Bréfritari: Jóhannes Halldórsson
Dagsetning: A-1877-01-26
Skrifað á: Vesturheimi

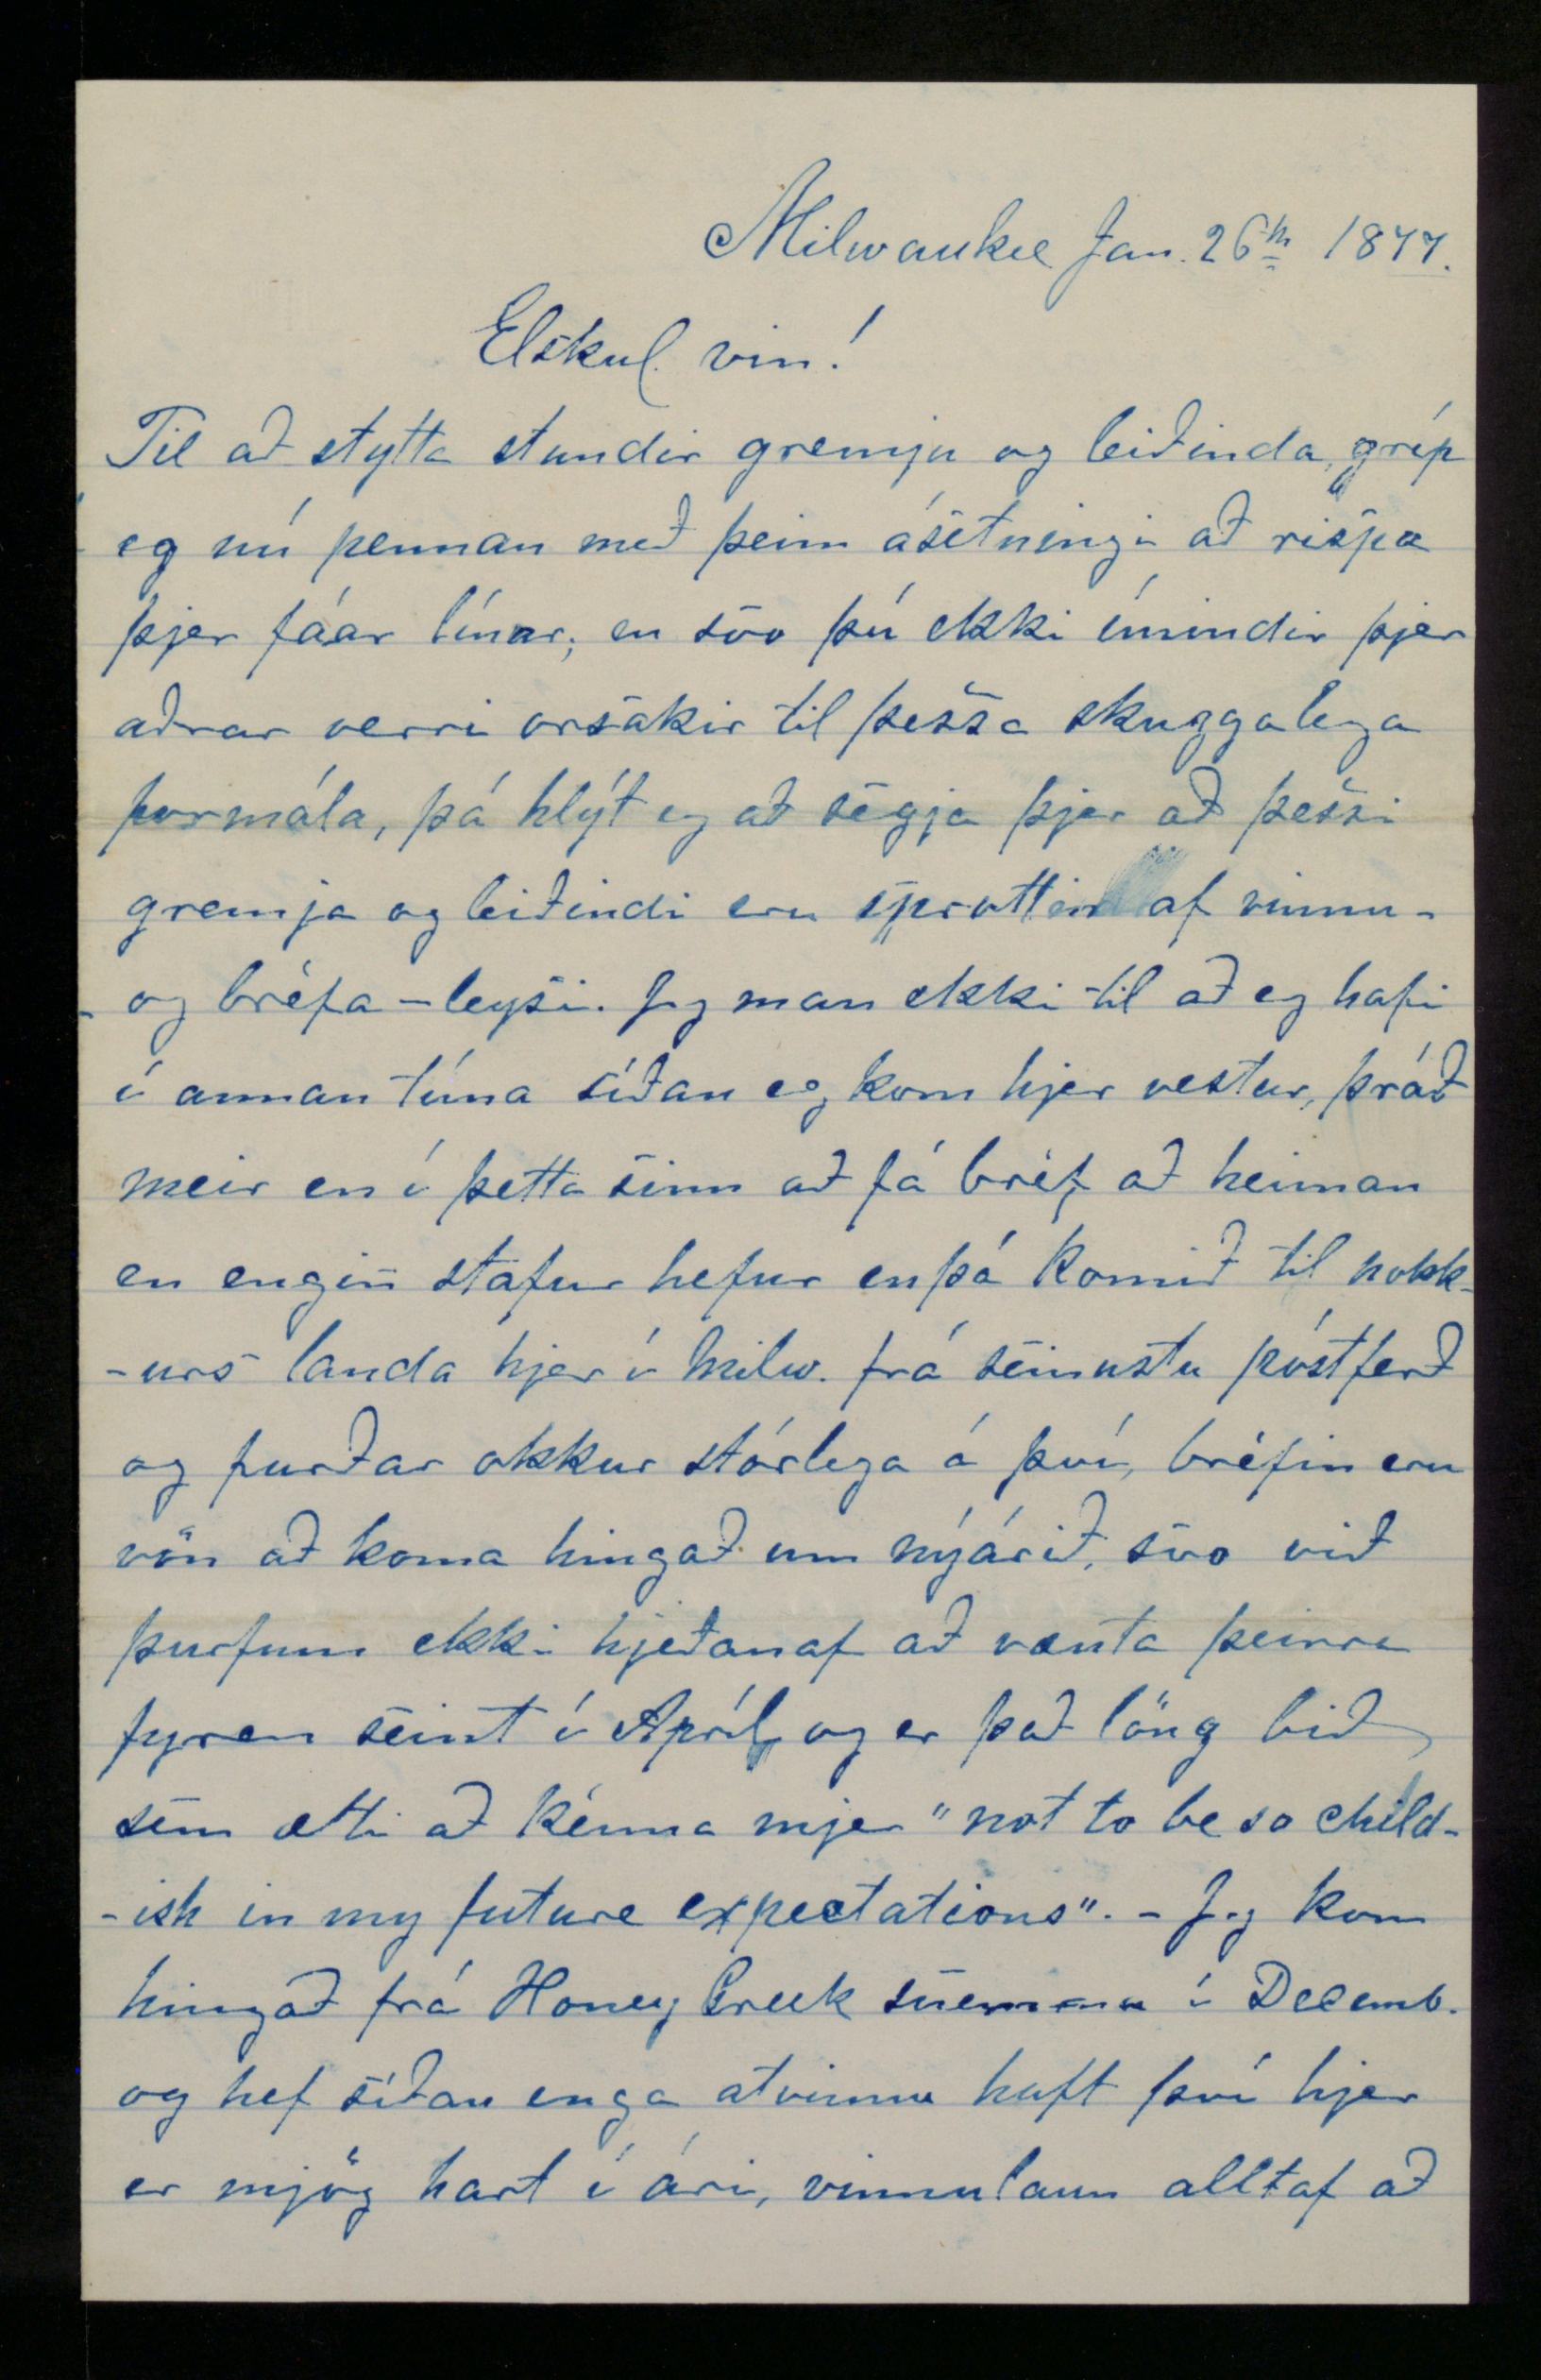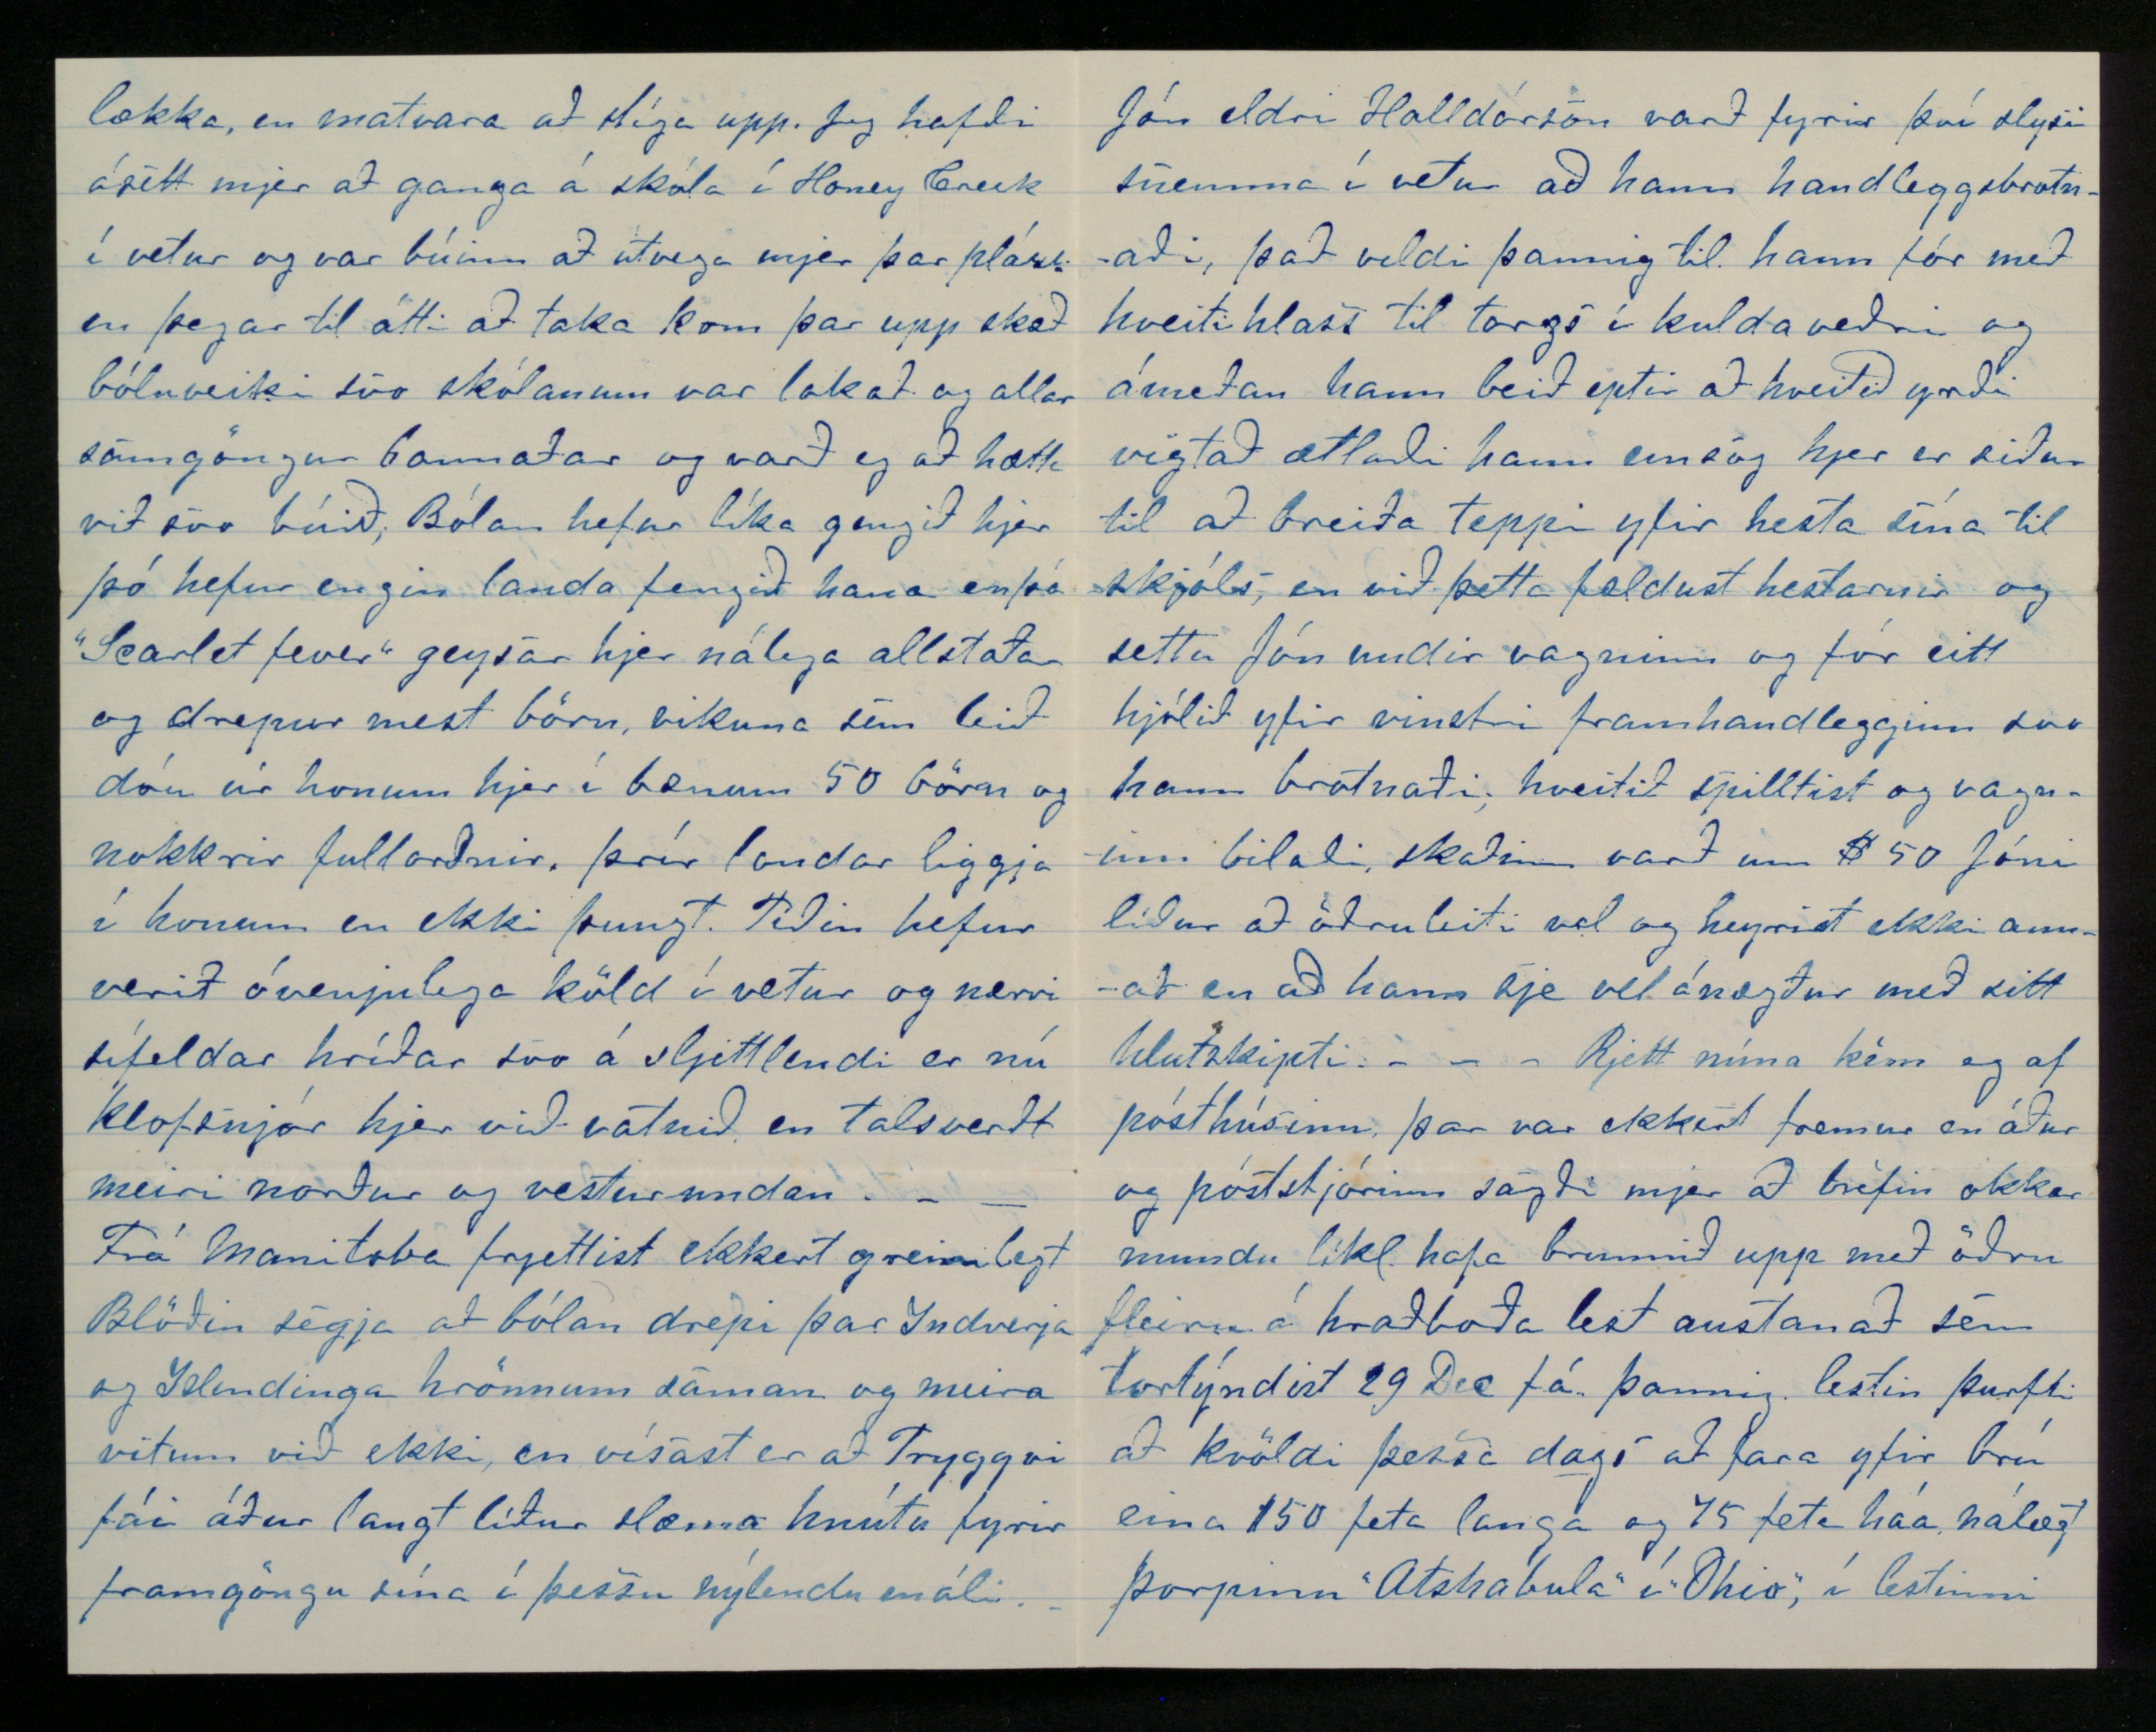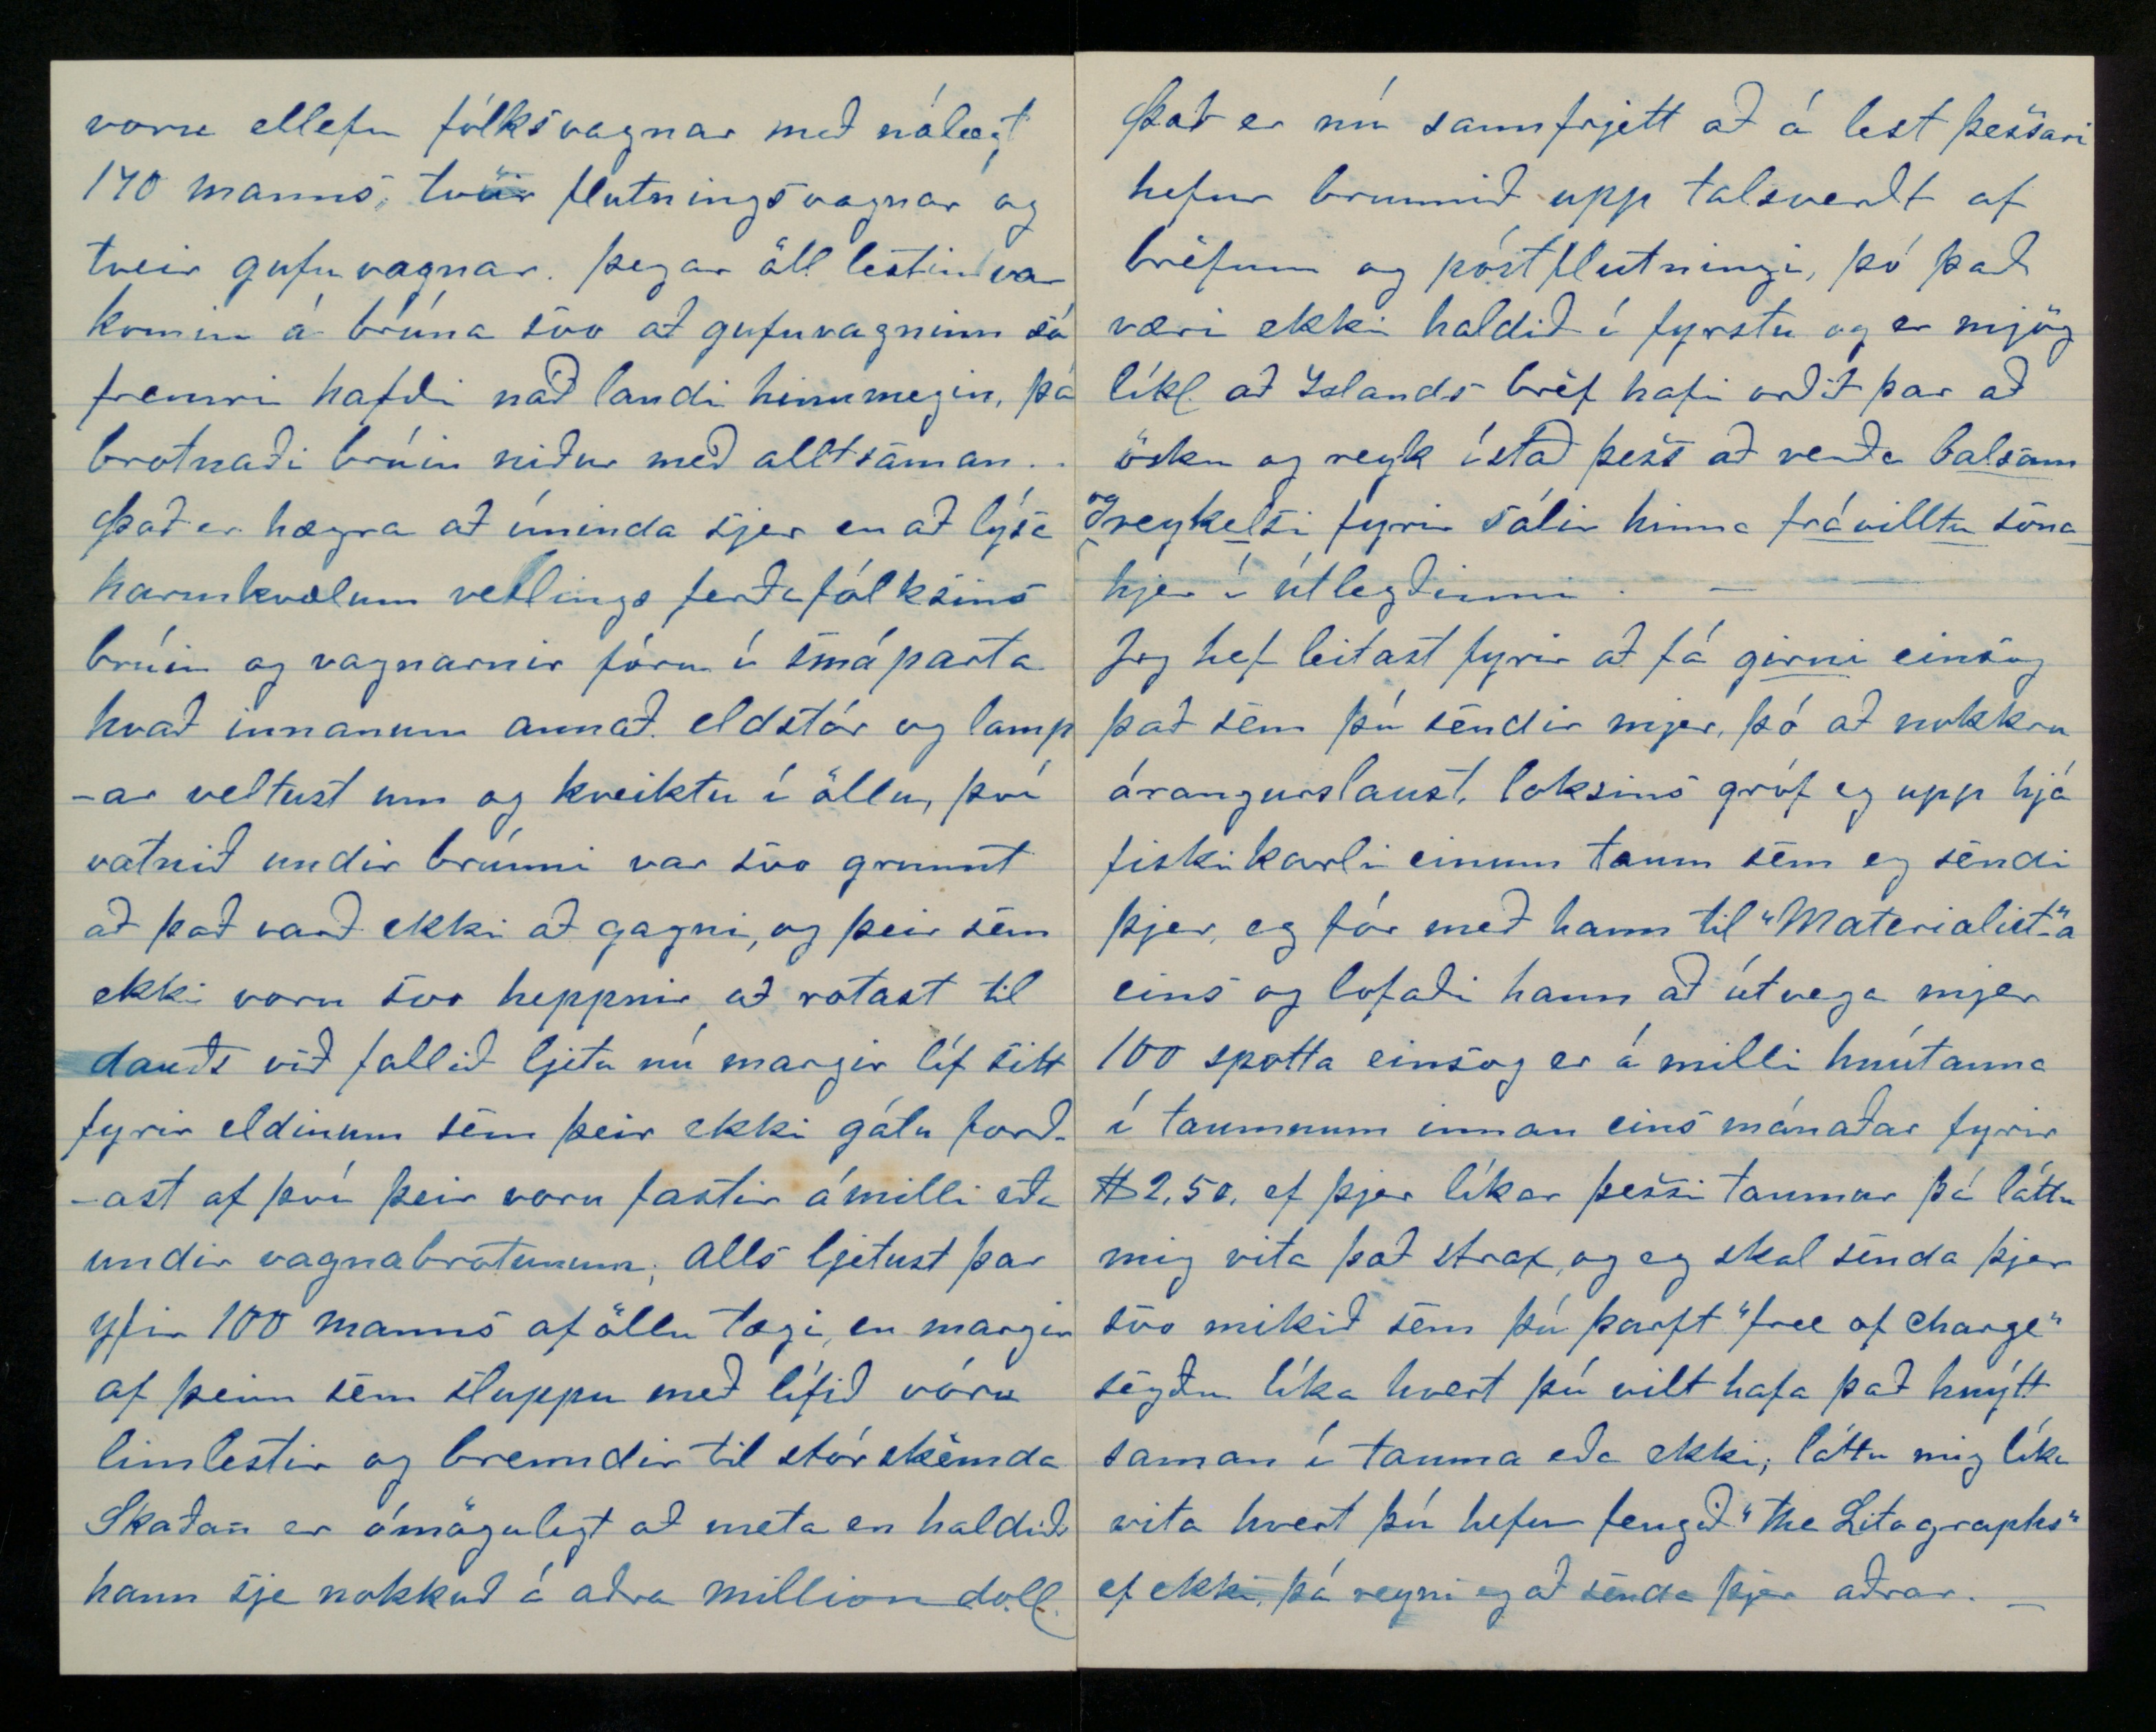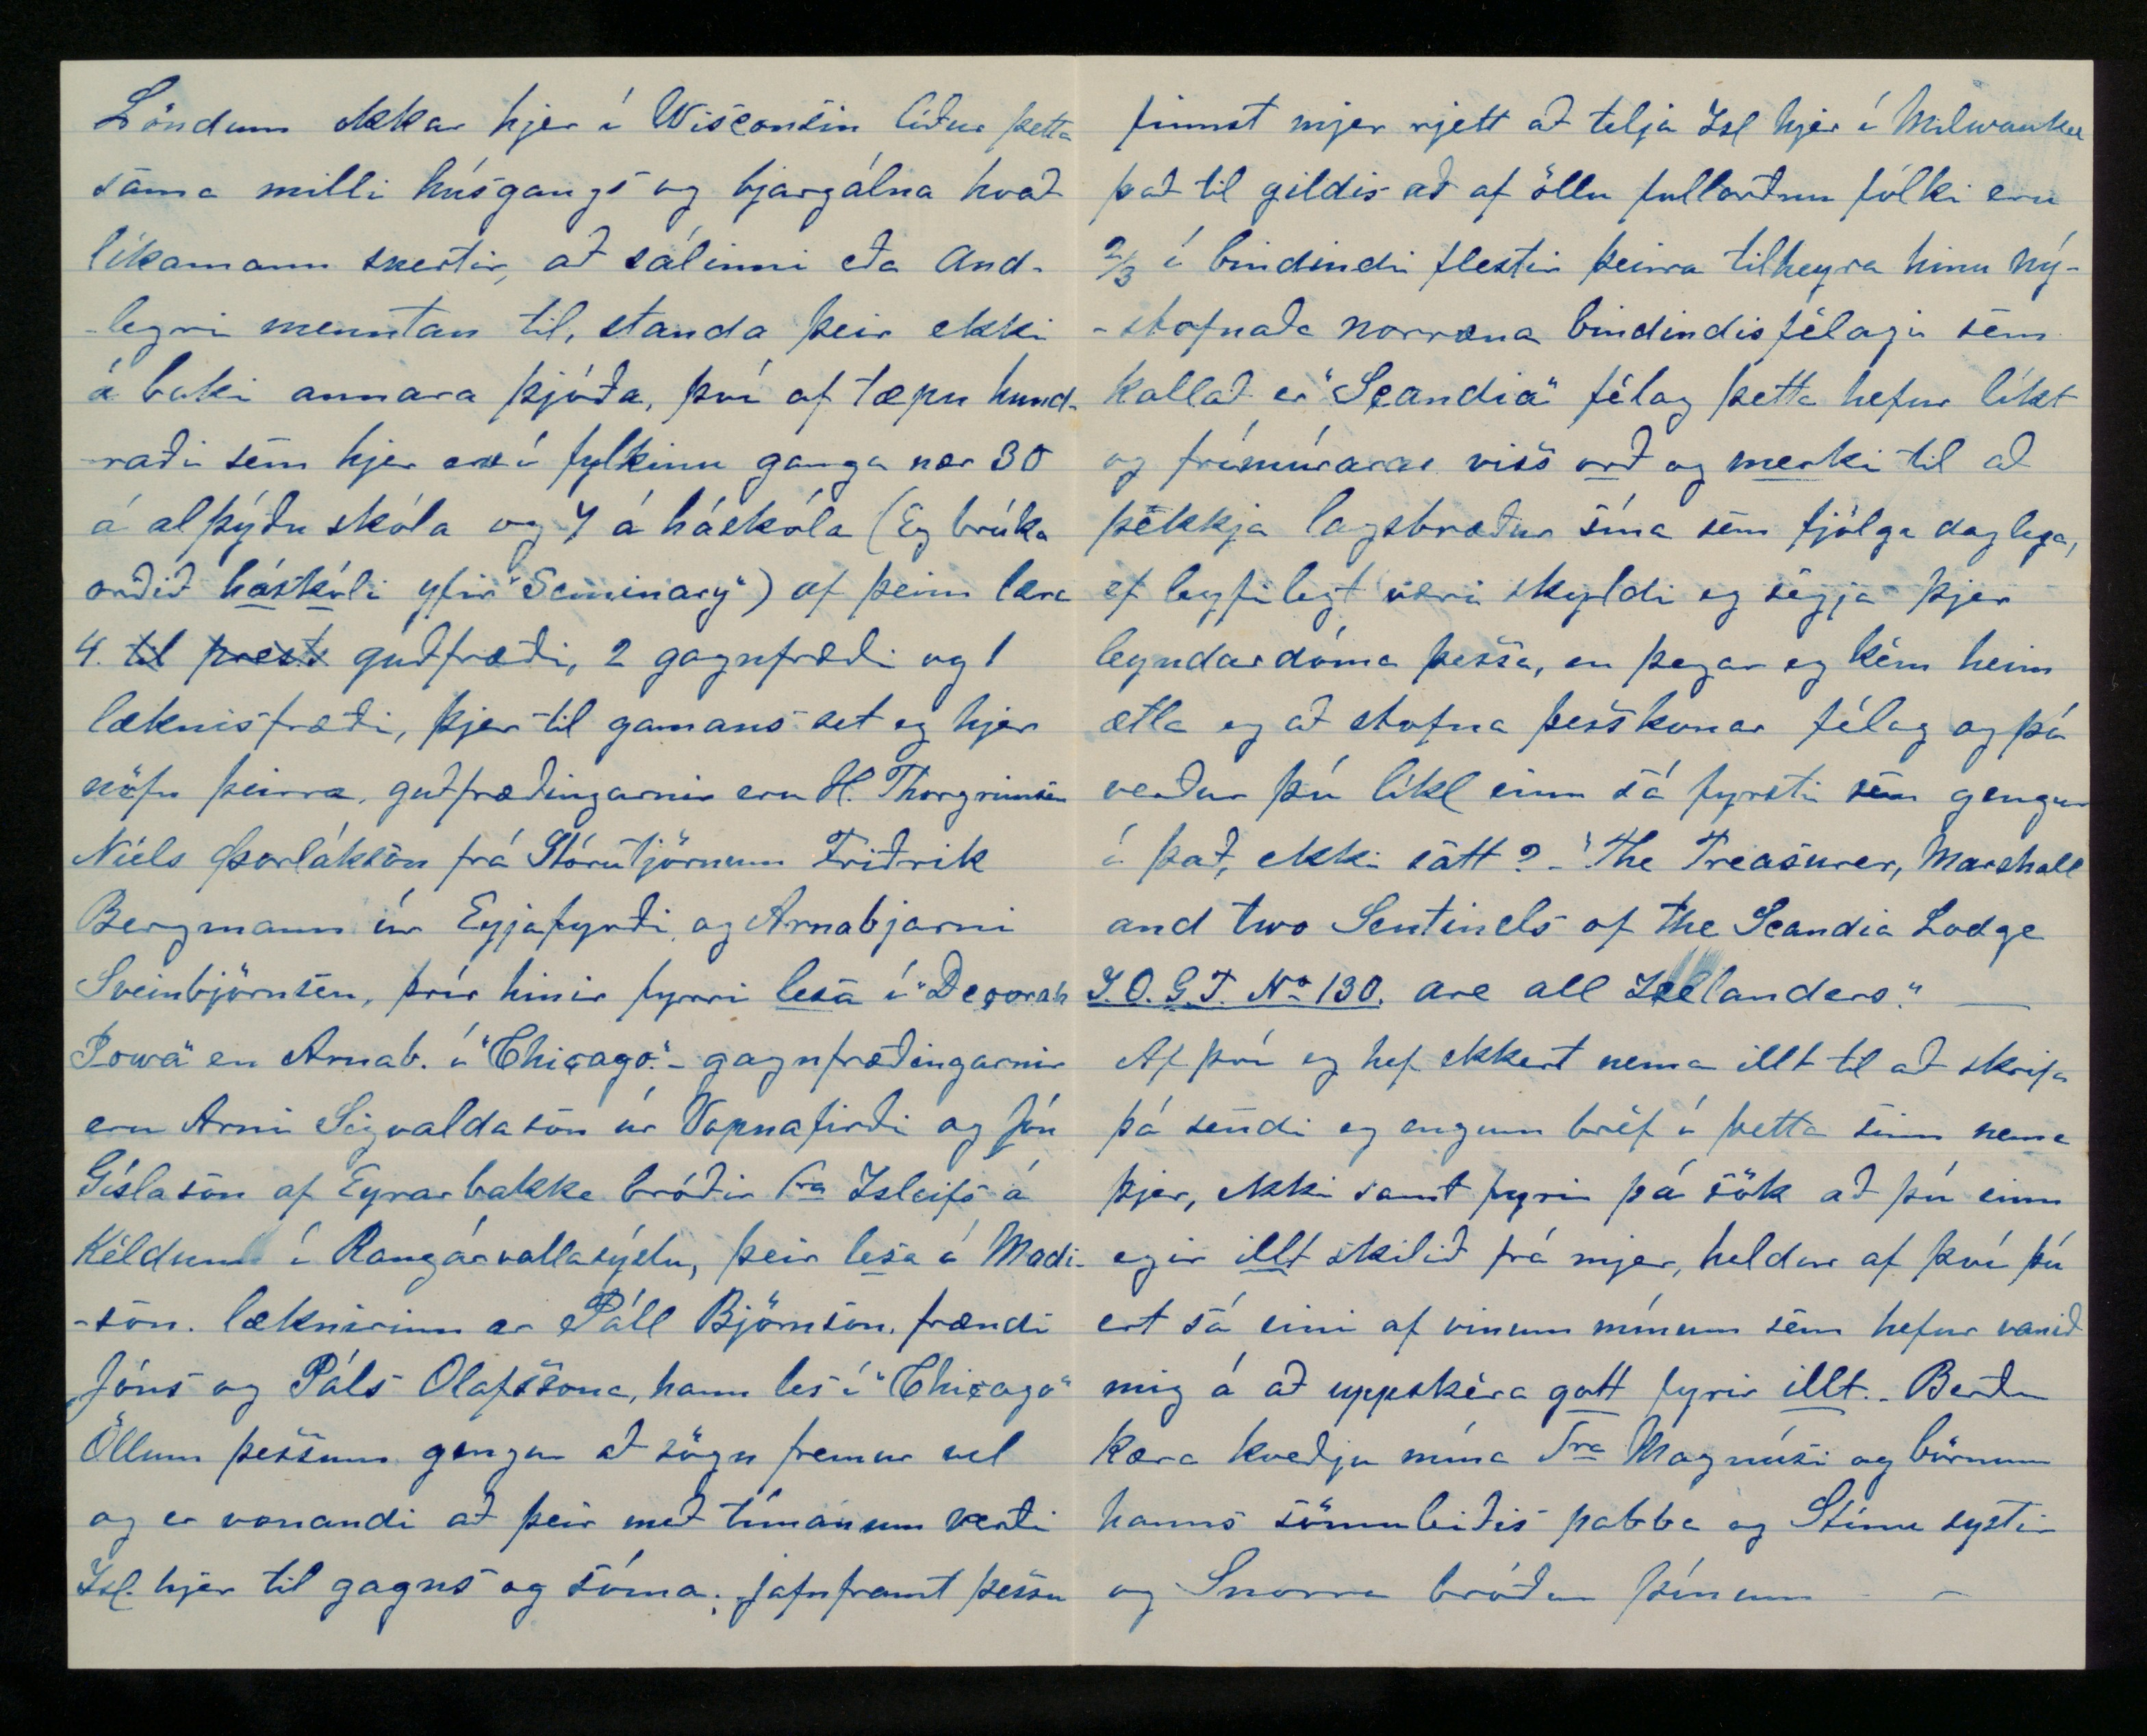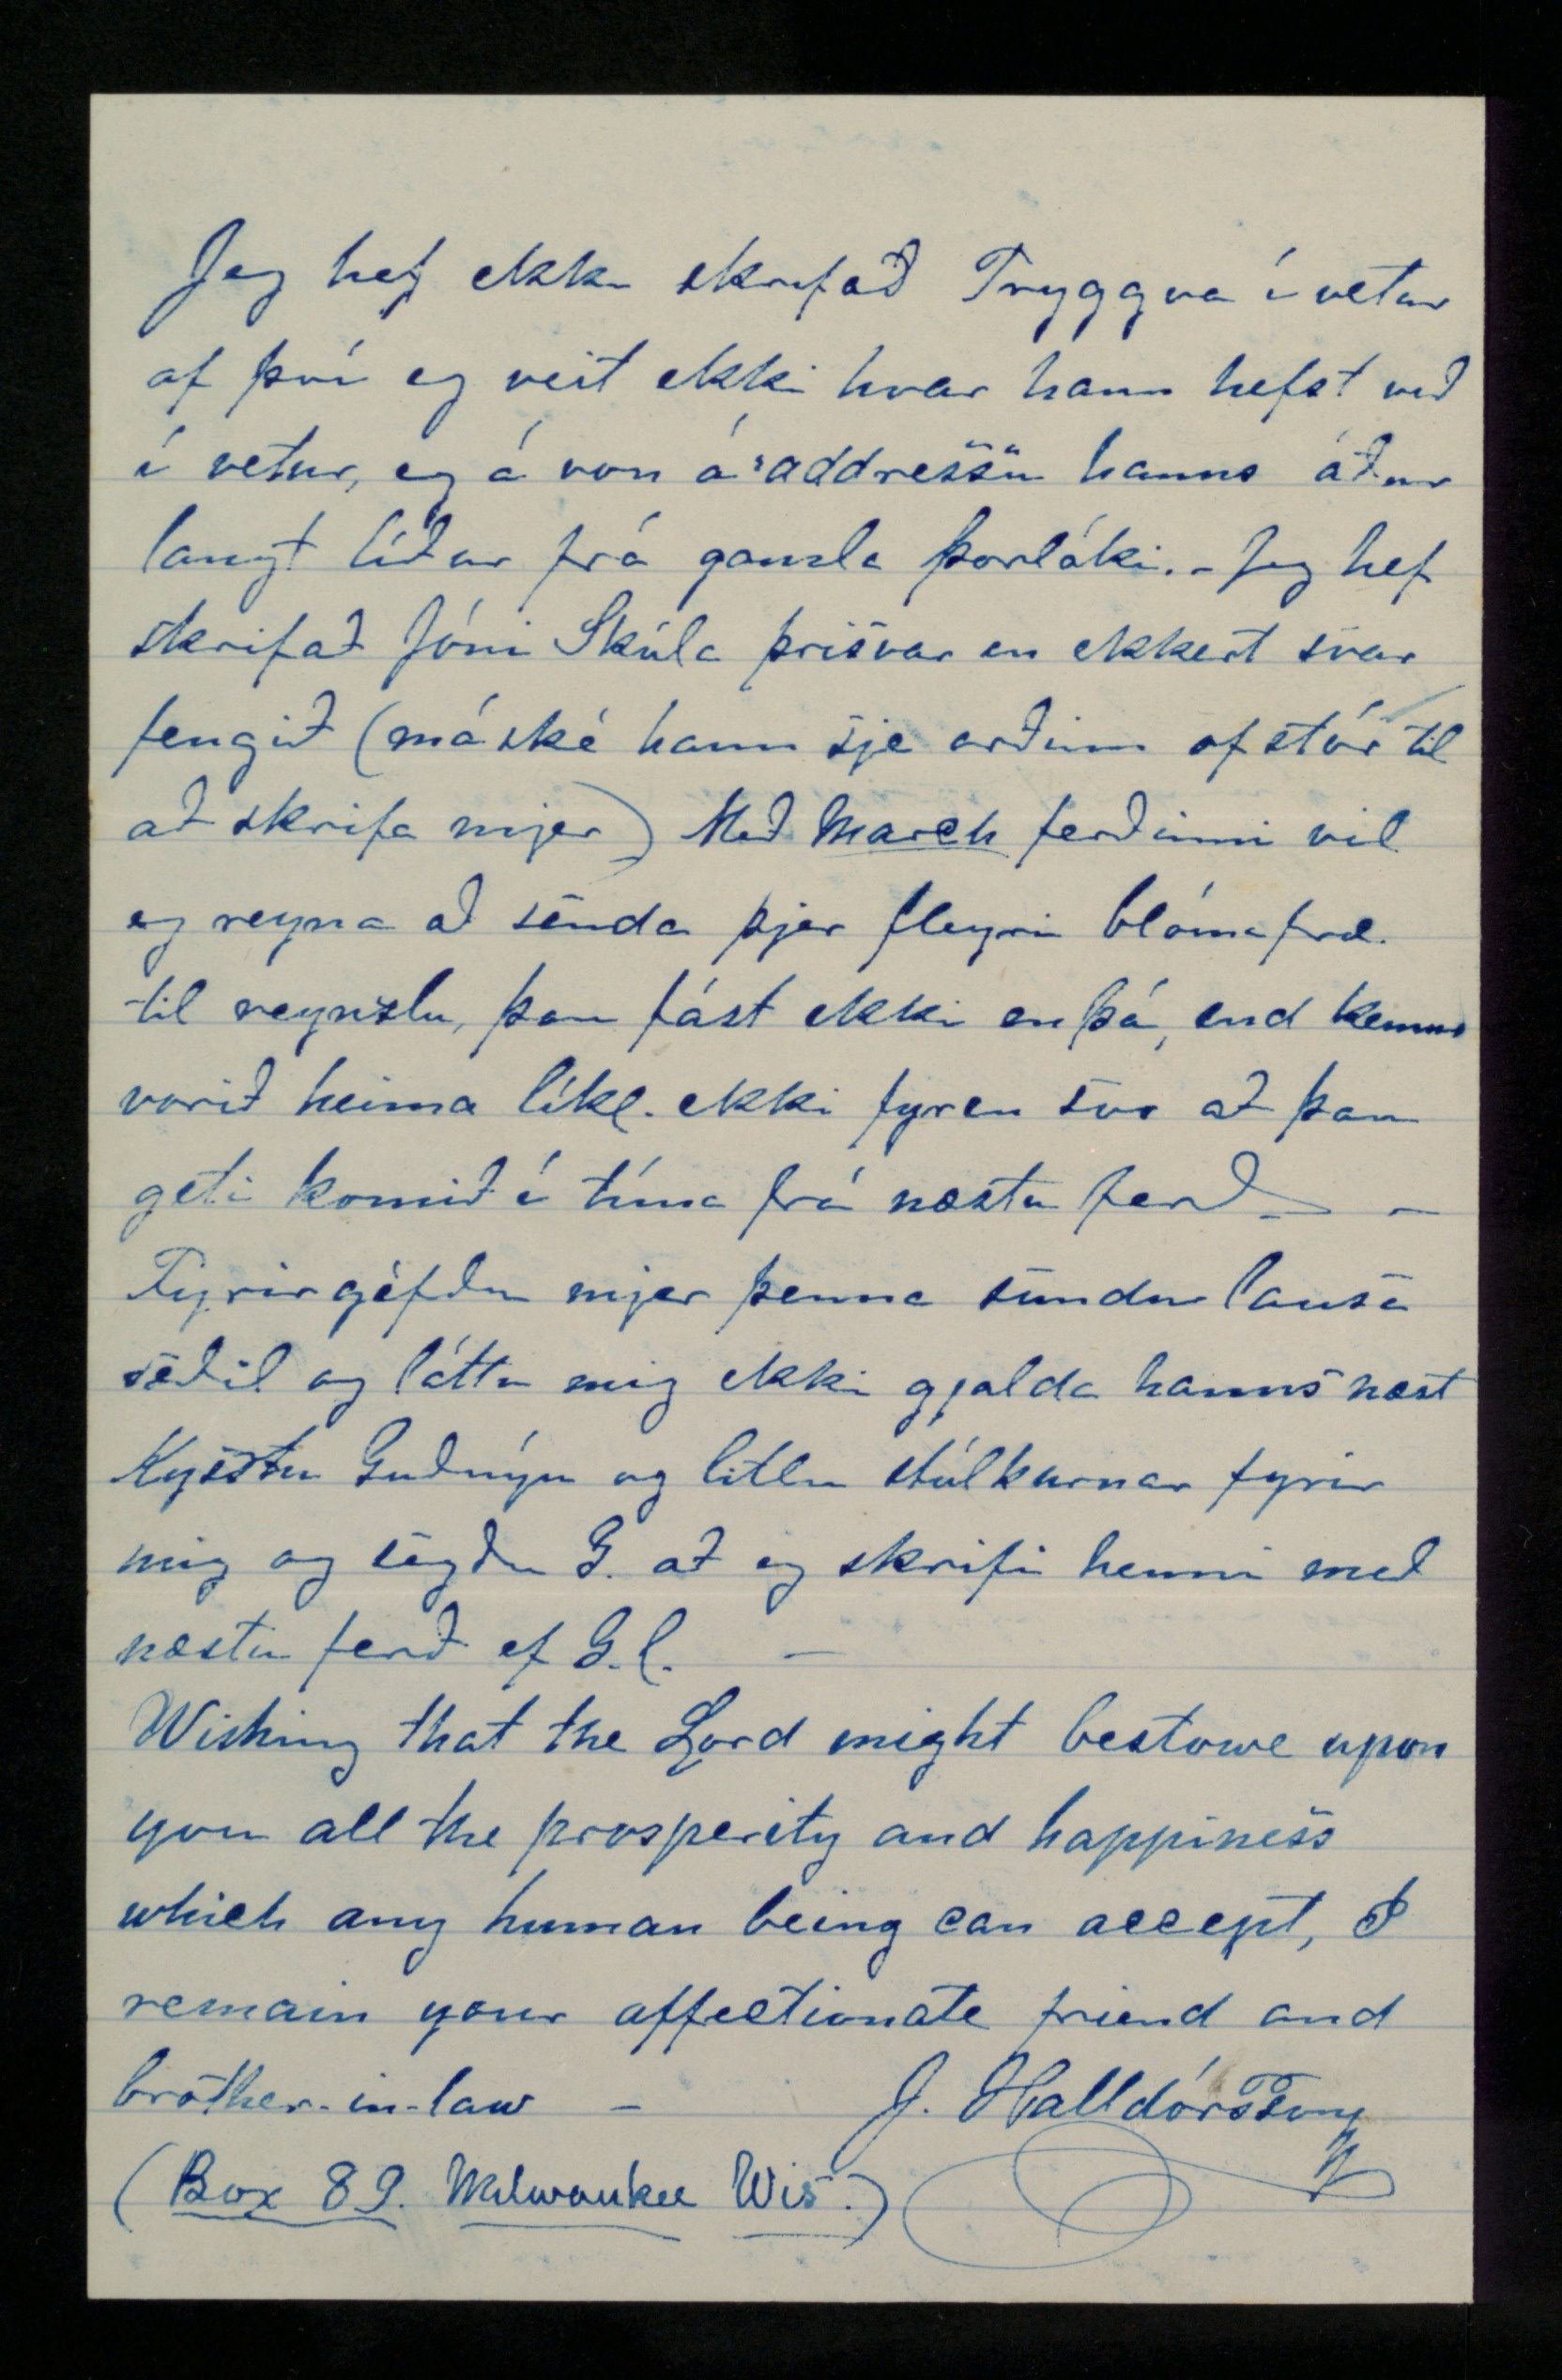

Milwaukee Jan. 26
th
1877
Elskul. vin!
Til að stytta stundir gremju og leiðinda gríp eg nú pennan með þeim ásetningi að rispa þjer fáar línur, en svo þú ekki ímindir þjer aðrar verri orsakir til þessa skuggalega formála, þá hlýt eg að segja þjer að þessi gremja og leiðindi eru sprottin af vinnu- og bréfa-leysi. Jeg man ekki til að eg hafi í annan tíma síðan eg kom hjer vestur þráð meir en í þetta sinn að fá bréf að heiman en engin stafur hefur enþá komið til nokkurs landa hjer í Milw. frá seinustu póstferð og furðar okkur stórlega á því bréfin eru vön að koma hingað um nýárið svo við þurfum ekki hjeðanaf að vænta þeirra fyren seint í Apríl og er það löng bið sem ætti að kénna mjer "not to be so childish in my future expectations". - Jeg kom hingað frá Honey Creek snemma í Decemb. og hef síðan enga atvinnu haft því hjer er mjög hart í ári, vinnulaun alltaf að
lækka en matvara að stíga upp. Jeg hafði ásett mjer að ganga á skóla í Honey Creek í vetur og var búinn að útvega mjer þar pláss en þegar til átti að taka kom þar upp skæð bóluveiki svo skólanum var lokað og allar samgöngur bannaðar og varð eg að hætta við svo búið, Bólan hefur líka gengið hjer þó hefur engin landa fengið hana enþá "Scarlet fever" geysar hjer nálega allstaðar og drepur mest börn, vikuna sem leið dóu úr honum hjer í bænum 50 börn og nokkrir fullorðnir, þrír landar liggja í honum en ekki þungt. Tíðin hefur verið óvenjulega köld í vetur og nærri sífeldar hríðar svo á sljettlendi er nú klofsnjór hjer við vatnið en talsverdt meiri norður og vesturundan. -
Frá Manitoba fjettist ekkert greinilegt Blöðin segja að bólan drepi þar Indverja og Islendinga hrönnum saman og meira vitum við ekki, en vísast er að Tryggvi fái áður langt líður slæma hnúta fyrir framgöngu sína í þessu nýlendu máli.
Jón eldri Halldórsson varð fyrir því slysi snemma í vetur að hann handleggsbrotnaði, það vildi þannig til hann fór með hveitihlass til torgs í kuldaveðri og ámeðan hann beið eptir að hveitið yrði vigtað ætlaði hann einsog hjer er siður að breiða teppi yfir hesta sína til skjóls, en við þetta fældust hestarnir og settu Jón undir vagninn og fór eitt hjólið yfir vinstri framhandlegginn svo hann brotnaði, hveitið spilltist og vagninn bilaði, skaðinn varð um $50 Jóni líður að öðruleiti vel og heyrist ekki annað en að hann sje vel ánægður með sitt hlutskipti. - - Rjett núna kom eg af pósthúsinu þar var ekkert fremur en áður og póststjórinn sagði mjer að bréfin okkar mundu líkl. hafa brunnið upp með öðru fleiru á hraðboða lest austan að sem tortýndist 29 Dec f.á. þannig lestin þurfti að kvöldi þessa dags að fara yfir brú eina 150 feta langa og 75 feta háa nálægt þorpinu "Atshabula" í "Ohio", í lestinni
voru ellefu fólksvagnar með nálægt 170 manns, tveir flutningsvagnar og tveir gufuvagnar. Þegar öll lestin var komin á brúna svo að gufuvagninn sá fremri hafði náð landi hinumegin, þá brotnaði brúin niður með alltsaman. . Það er hægra að íminda sjer en að lýsa harmkvælum veslings ferðafólksins brúin og vagnarnir fóru í smáparta hvað innanum annað eldstór og lampar veltust um og kveiktu í öllu, því vatnið undir brúnni var svo grunnt að það varð ekki að gagni, og þeir sem ekki voru svo heppnir að rotast til dauðs við fallið ljetu nú margir líf sitt fyrir eldinum sem þeir ekki gátu forðast af því þeir voru fastir á milli eða undir vagnabrotunum, alls ljetust þar yfir 100 manns af öllu tægi, en margir af þeim sem sluppu með lífið vóru limlestir og brenndir til stórskemda. Skaðan er ómögulegt að meta en haldið hann sje nokkuð á aðra million doll.
það er nú sannfrjett að á lest þessari hefur brunnið upp talsverdt af bréfum og póstflutningi, þó það væri ekki haldið í fyrstu og er mjög líkl. að Islands bréf hafi orðið þar að ösku og reyk ístað þess að verða
Balsam
og
reykelsi fyrir sálir hinna
frávilltu sona
hjer í útlegðinni. -
Jeg hef leitast fyrir að fá
girni
einsog það sem þú sendir mjer, þó að nokkru árangurslaust, loksins gróf eg upp hjá fiskikarli einum taum sem eg sendi þjer, eg fór með hann til "Materialist"-a eins og lofaði hann að útvega mjer 100 spotta einsog er á milli hnútanna í taumnum innan eins mánaðar fyrir $2,50 ef þjer líkar þessi taumur þá láttu mig vita það strax, og eg skal senda þjer svo mikið sem þú þarft "free of Charge" segðu líka hvert þú vilt hafa það hnýtt saman í tauma eða ekki, láttu mig líka vita hvert þú hefur fengið "the Litagraphs" ef ekki þá reyni eg að senda þjer aðrar. -
Löndum okkar hjer í Wisconsin líður þetta sama milli húsgangs og bjargálna hvað líkamann snertir, að sálinni eða andlegri menntan til, standa þeir ekki á baki annara þjóða, því af tæpu hundraði sem hjer er í fylkinu ganga nær 30 á alþýðu skóla og 7 á háskóla (Eg brúka orðið
háskóli
yfir "Seminary") af þeim læra 4
til prests
guðfræði, 2 gagnfræði og 1 læknisfræði, þjer til gamans set eg hjer nöfn þeirra, guðfræðingarnir eru H. Thorgrimson Níels Þorlákson frá Stóru Tjörnum Friðrik Bergmann úr Eyjafirði og Arnabjarni Sveinbjörnson, þrír hinir fyrri
lesa
í "Deporah Iowa" en Arnab. í "Chicago". - gagnfræðingarnir eru Arni Sigvaldason úr Vopnafirði og Jón Gíslason af Eyrarbakka bróðir Sra Isleifs á Kéldum í Rangárvallasýslu, þeir
lesa
í Madison. læknirinn er Páll Björnson frændi Jóns og Páls Olafssona, hann les í "Chicago" Öllum þessum ganga að sögn fremur vel og er vonandi að þeir með tímanum verði Isl. hjer til gagns og sóma. Jafnframt þessu
finnst mjer rjett að telja Isl hjer í Milwaukee það til gildis að af öllu fullorðnu fólki eru 2/3 í bindindi flestir þeirra tilheyra hinu nýstofnaða norræna bindindisfélagi sem kallað er "Scandia" félag þetta hefur líkt og frímúrarar viss
orð
og
merki
til að þekkja lagsbræður sína sem fjölga daglega, ef leyfilegt væri skyldi eg segja þjer leyndardóma þessa, en þegar eg kem heim ætla eg að stofna þesskonar félag og þá verður þú líkl einn sá fyrsti sem gengur í það, ekki satt? - "The Treasurer, Marshall and two Sentinels of the Scandia Lodge
I.O.G.T. N
o
130.
are all Icelanders." -
Af því eg hef ekkert nema illt til að skrifa þá sendi eg engum bréf í þetta sinn nema þjer, ekki samt fyrir þá sök að þú einn egir
illt
skilið frá mjer, heldur af því þú ert sá eini af vinum mínum sem hefur vanið mig á að uppskéra
gott
fyrir
illt
. Berðu kæra kveðju mína Sra Magnúsi og börnum hans sömuleiðis pabba og Stínu systir og Snorra bróðir þínum.
Jeg hef ekki skrifað Tryggva í vetur af því eg veit ekki hvar hann hefst við í vetur, eg á von á "adress"u hanns áður langt líður frá gamla Þorláki. - Jeg hef skrifað Jóni Skúla þrisvar en ekkert svar fengið (máské hann sje orðinn of stór til að skrifa mjer) Með
March
ferðinni vil eg reyna að senda þjer fleyri blómafræ til reynzlu, þau fást ekki enþá, end kemur vorið heima líkl. ekki fyren svo að þau geti komið í tíma frá næstu ferð. -
Fyrirgefðu mjer þenna sundurlausa seðil og láttu mig ekki gjalda hanns næst Kysstu Guðnýu og litlu stúlkurnar fyrir mig og segðu G. að eg skrifi henni með næstu ferð ef G.l. -
Wishing that the Lord might bestowe upon you all the prosperity and happiness which any human being can accept, I remain your affectionate friend and brother-in-law -
J. Halldórsson
(
Box 89 Milwaukee Wis.
)